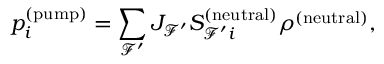
p _ { i } ^ { ( \mathrm { p u m p } ) } = \sum _ { \mathcal { F } ^ { \prime } } J _ { \mathcal { F } ^ { \prime } } S _ { \mathcal { F } ^ { \prime } i } ^ { ( \mathrm { n e u t r a l } ) } \rho ^ { ( \mathrm { n e u t r a l } ) } ,